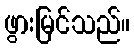
ဖွားမြင်သည်။